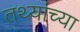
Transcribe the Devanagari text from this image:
तथ्‍यांच्‍या